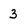
Character: 3